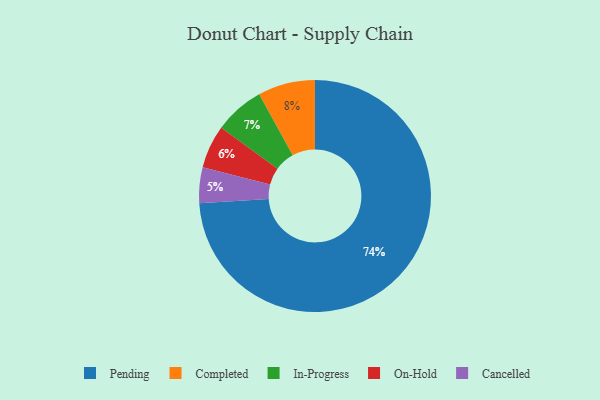
{"axis": {"x": "Category", "y": "Percentage"}, "legend": ["Cancelled", "Completed", "In-Progress", "On-Hold", "Pending"], "data": [{"x": "Pending", "y": 74, "type": "Pending"}, {"x": "Completed", "y": 8, "type": "Completed"}, {"x": "Cancelled", "y": 5, "type": "Cancelled"}, {"x": "In-Progress", "y": 7, "type": "In-Progress"}, {"x": "On-Hold", "y": 6, "type": "On-Hold"}]}